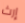
إرث